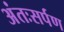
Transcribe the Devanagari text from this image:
अंतःसर्पण